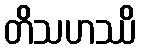
တိသဟဿိ